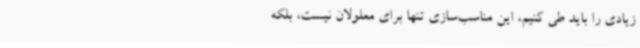
زیادی را باید طی کنیم، این مناسب‌سازی تنها برای معلولان نیست، بلکه